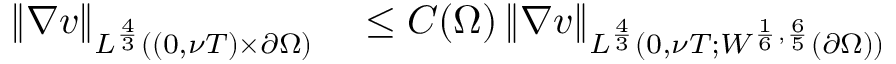
\begin{array} { r l } { \left\lVert \nabla v \right\rVert _ { L ^ { \frac 4 3 } ( ( 0 , \nu T ) \times \partial \Omega ) } } & { { } \le C ( \Omega ) \left\lVert \nabla v \right\rVert _ { L ^ { \frac 4 3 } ( 0 , \nu T ; W ^ { \frac 1 6 , \frac 6 5 } ( \partial \Omega ) ) } } \end{array}